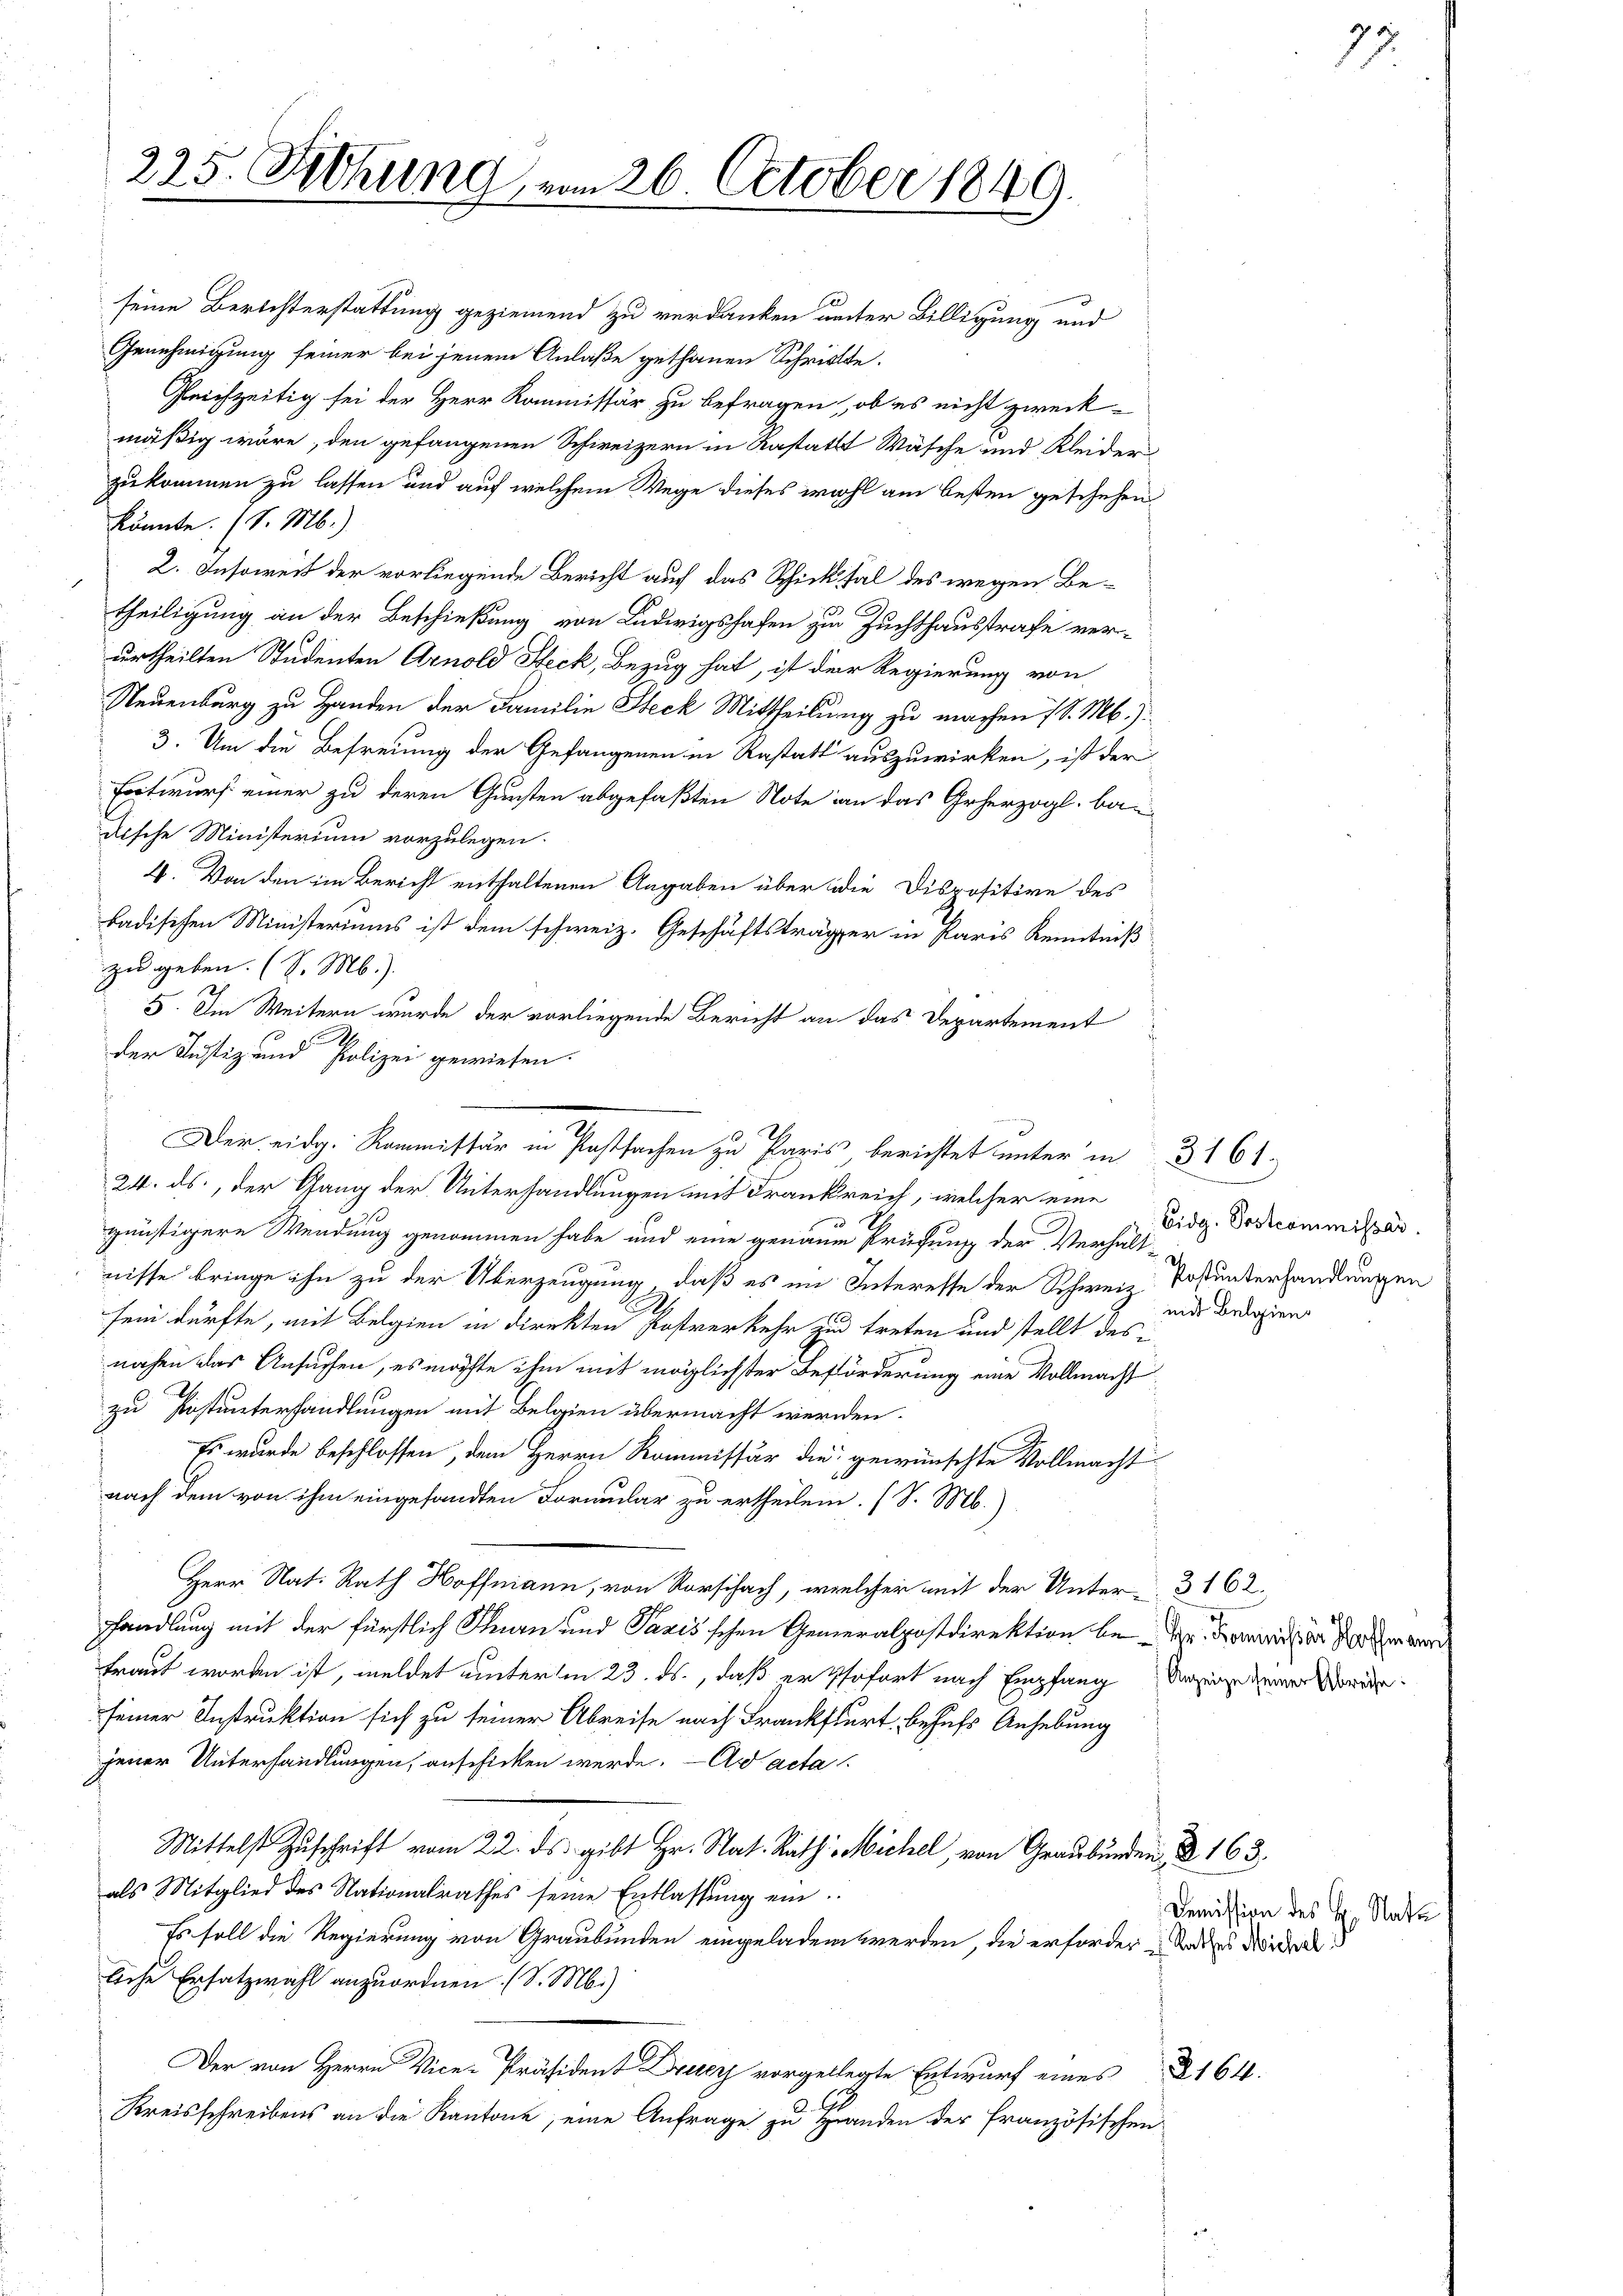
225. Diehung am 26. October 1849.

seine Berichterstattung geziemend zu verdanken unter Billigung und
Genehmigung seiner bei jenem Anlaße gethanen Schritte.
Gleichzeitig sei der Herr Kommissär zu befragen, ob es nicht zweck-
mäßig wäre, den gefangenen Schweizern in Rastatt Wäsche und Kleider
zukommen zu lassen und auf welchem Wege dieses wohl am besten geschehen
könnte. (S. M.)
2. Insoweit der vorliegende Bericht auch das Schicksal des wegen Be-
theiligung an der Beschießung von Ludwigshafen zu Zuchthausstrafe verurtheilten Studenten Arnold Steck, Bezug hat, ist der Regierung von
Neuenburg zu Handen der Familie Steck Mittheilung zu machen 7 S. M.):
3. Um die Befreiung der Gefangenen in Restatt auszuwirken, ist der
Entwurf einer zu deren Gunsten abgefaßten Note an das Geherzogl. bau
uische Ministerium vorzulegen.
4. Von den im Bericht enthaltenen Angaben über die Dispositive des
badischen Ministeriums ist dem schweiz. Geschäftsträger in Paris Kenntniß
zu geben. (l. M.).
5. Im Weitern wurde der vorliegende Bericht an das Departement
der Justiz und Polizei gewiesen.
24. ds., der Gang der Unterhandlungen mit Frankreich, welcher eine
günstigere Wendung genommen habe und eine genauen Prüfung der Verhält-
nisse bringe ihn zu der Überzeugung, daß es im Interesse der Schweiz Totunterhandlungen
sein dürfte, mit Belgien in direkten Postverkehr zu treten und stellt des-
nahen das Ansuchen, es möchte ihm mit möglichster Beförderung eine Vollmacht
zu Pistunterhandlungen mit Belgien übermacht werden.
Es wurde beschlossen, dem Herrn Kommissär die gewünschte Vollmacht
nach dem von ihm eingesandten Formular zu ertheilen. (S. M.)
Herr Nat. Rath Hoffmann, von Vorschach, welcher mit der Unter 3 162.
handlung mit der fürstlich Thurn und Pazis'schen Generalpostdirektion betr. Zürich der den der
traut worden ist, meldet unterm 23. ds., daß er sofort nach Empfang Anzeige dener rede
seiner Instruktion sich zu seiner Abreise nach Frankfurt, behufs Anhebung
jener Unterhandlungen, anschicken werde. — Ad acta
Mittelst Zŭschrift vom 22. ds gibt Hr. Stat. Rath Michel, von Graubünden, § 163.
als Mitglied des Nationalrathes seine Entlassŭng ein
Es soll die Regierung von Graubünden eingeladen werden, die erforder und des Norder
liche Ersatzwahl anzuordnen. (S. M.)
Der von Herrn Vice-Präsident Druer vorgellegte Entwurf eines
Kreisschreibens an die Kantone, eine Anfrage zu Handen der französischen

Der eidg. Kommissär in Postsachen zu Paris berichtet unter in 3 161.

Eidg. Postcommissar.
mit Belgien

8160.

77.

Demission des H. Statt